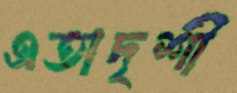
এতাদৃশী